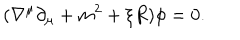
( \nabla ^ { \mu } \partial _ { \mu } + m ^ { 2 } + \xi R ) \phi = 0 .